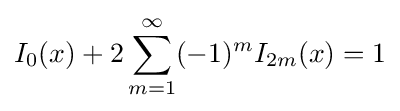
I_{0}(x)+2\sum _{m=1}^{\infty }(-1)^{m}I_{2m}(x)=1